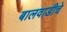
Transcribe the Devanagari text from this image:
बालवाडीचे